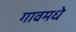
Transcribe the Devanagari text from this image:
गावमधे